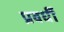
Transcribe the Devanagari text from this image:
प्रवर्धी